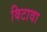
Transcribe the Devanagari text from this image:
विटावा